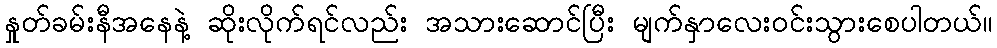
နှုတ်ခမ်းနီအနေနဲ့ ဆိုးလိုက်ရင်လည်း အသားဆောင်ပြီး မျက်နှာလေးဝင်းသွားစေပါတယ်။